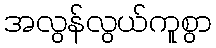
အလွန်လွယ်ကူစွာ